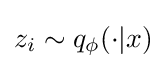
z_{i}\sim q_{\phi }(\cdot |x)